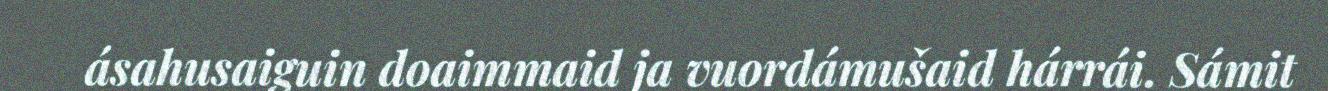
ásahusaiguin doaimmaid ja vuordámušaid hárrái. Sámit